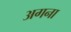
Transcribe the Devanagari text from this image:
अगना